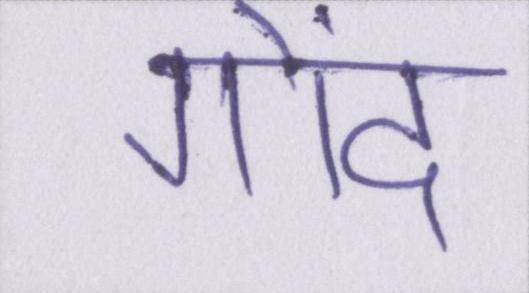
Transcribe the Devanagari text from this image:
गोंद